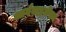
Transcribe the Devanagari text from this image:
आर्गनाइजेसन